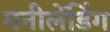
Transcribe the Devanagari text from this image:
मनीलेंडिंग